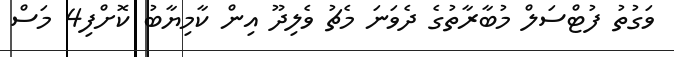
ވަގުތު ފުޓްސަލް މުބާރާތުގެ ދެވަނަ މެޗު ވެލިދޫ އިން ކާމިޔާބު ކޮށްފި4 މަސް